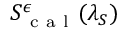
S _ { \mathrm { ~ c ~ a ~ l ~ } } ^ { \epsilon } ( \lambda _ { S } )